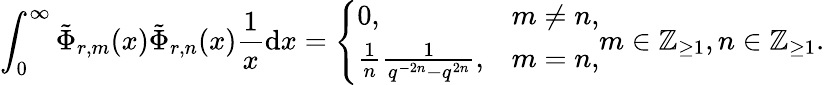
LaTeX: \int_{0}^{\infty}\tilde{\Phi}_{r,m}(x)\tilde{\Phi}_{r,n}(x)\frac{1}{x}\mathrm{d}x=\left\{ \begin{array}{ll}{0,}&{m\neq n,}\\ {\frac{1}{n}\frac{1}{q^{-2n}-q^{2n}},}&{m=n,}\end{array}\right.m\in\mathbb{Z}_{\ge 1},n\in\mathbb{Z}_{\ge 1}.